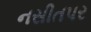
નસીતપર